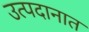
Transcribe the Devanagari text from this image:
उत्पदानात